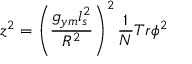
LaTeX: z ^ { 2 } = \left( { \frac { g _ { y m } l _ { s } ^ { 2 } } { R ^ { 2 } } } \right) ^ { 2 } { \frac { 1 } { N } } T r { \phi } ^ { 2 }